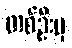
တစ်ဦးမှ